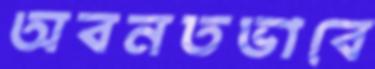
অবনতভাবে